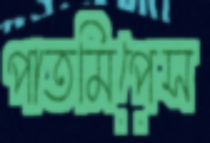
পাতমিপেস